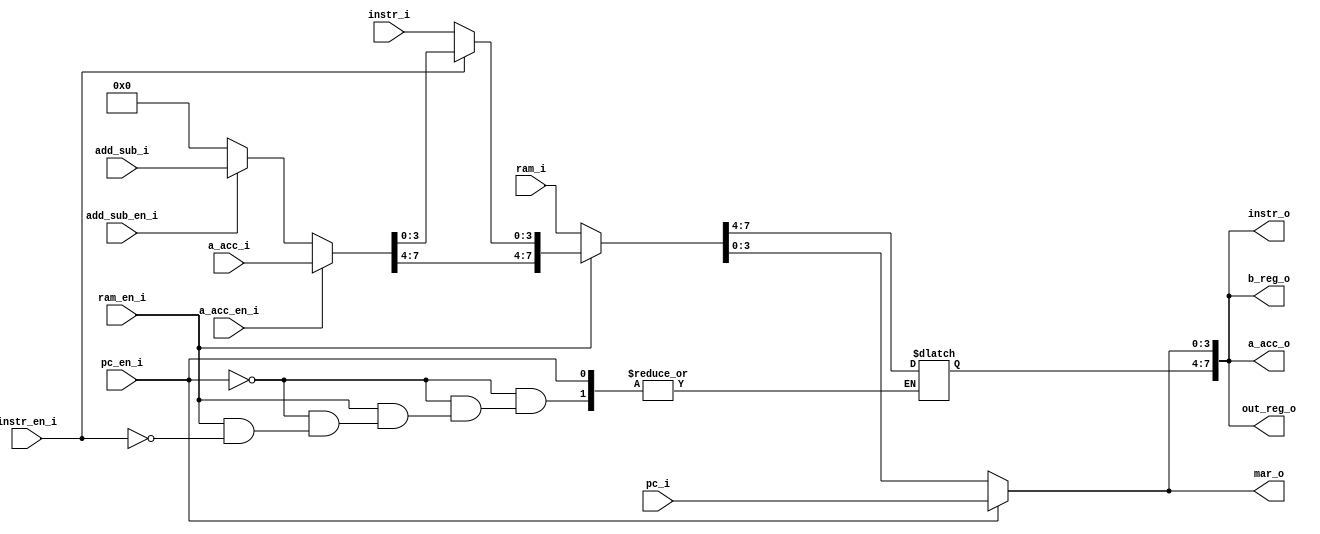
module bus_controller(
    // Bus inputs
    input[3:0] pc_i,
    input[7:0] a_acc_i, 
    input[7:0] add_sub_i,
    input[7:0] ram_i,
    input[3:0] instr_i, 
    
    // Enable inputs
    input pc_en_i,
    input ram_en_i,
    input instr_en_i, 
    input a_acc_en_i,
    input add_sub_en_i,

    // Bus outputs
    output[3:0] mar_o,
    output[7:0] instr_o,
    output[7:0] a_acc_o,
    output[7:0] b_reg_o,
    output[7:0] out_reg_o);

reg[7:0] bus;
wire write_conflict;

always @ (*) begin
    if (pc_en_i) begin
        bus[3:0] = pc_i;
    end else if (!ram_en_i) begin
        bus = ram_i;
    end else if (!instr_en_i) begin
        bus[3:0] = instr_i;
    end else if (a_acc_en_i) begin
        bus = a_acc_i;
    end else if (add_sub_en_i) begin
        bus = add_sub_i;
    end else begin
        bus = 8'b0;
    end
end

assign mar_o     = bus[3:0];
assign instr_o   = bus;
assign a_acc_o   = bus;
assign b_reg_o   = bus;
assign out_reg_o = bus;

endmodule